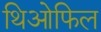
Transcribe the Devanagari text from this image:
थिओफिल